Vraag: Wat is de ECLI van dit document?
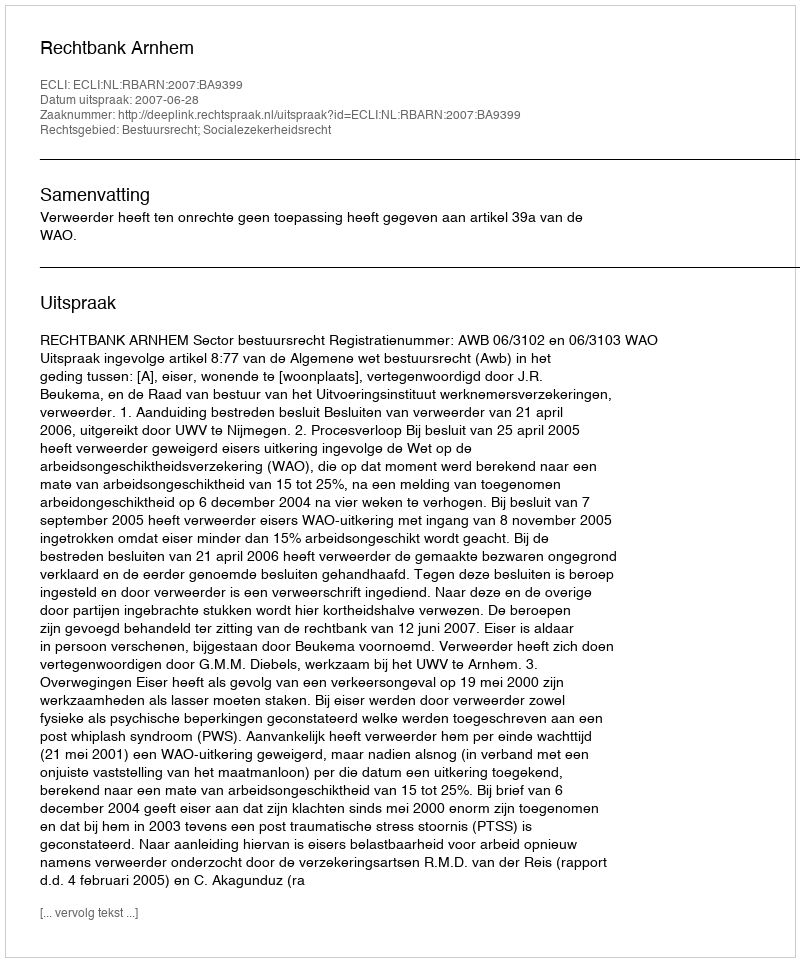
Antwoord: ECLI:NL:RBARN:2007:BA9399